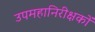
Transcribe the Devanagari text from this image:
उपमहानिरीक्षकों